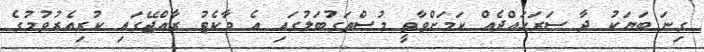
ގިނަ ބަޔަކު ދާ ސަރަހައްދެއް ކަމަށްވާތީ މުސްތަގުބަލުގައި އެ މާކެޓު ރާއްޖޭގައި ކުރިއެރުވުމުގެ